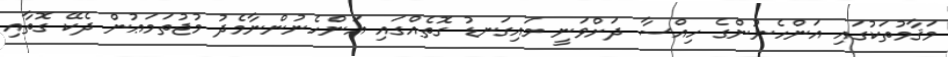
މަޤާމުތަކުގައި އަންހެނުންގެ ހިއްސާ ދަށްވަނީ މައިގަނޑު ގޮތެއްގައި އަންހެނުންނާމެދު މުޖުތަމަޢުން ދެކޭ ގޮތާއި